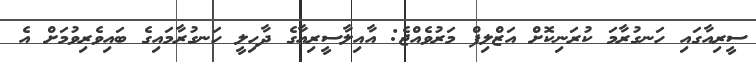
ސީރިއާގައި ހަނގުރާމަ ކުރަނިކޮށް އަޒްލިފް މަރުވެއްޖެ: އާއިލާސީރިއާގެ ދާހިލީ ހަނގުރާމައިގެ ބައިވެރިވުމަށް އެ